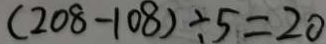
( 2 0 8 - 1 0 8 ) \div 5 = 2 0